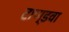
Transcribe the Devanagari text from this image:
टाण्डवा